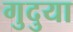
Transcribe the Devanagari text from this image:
गुदुया